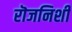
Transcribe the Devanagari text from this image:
रॊजनिशी